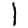
Digit: 1